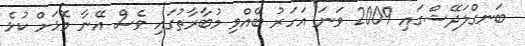
ބަނގްލަދޭޝްގައި 2009 ވަނަ އަހަރު ބޭއްވި މުބާރާތުގައި ވެސް އޭނާ މޮޅަށް ކުޅެ